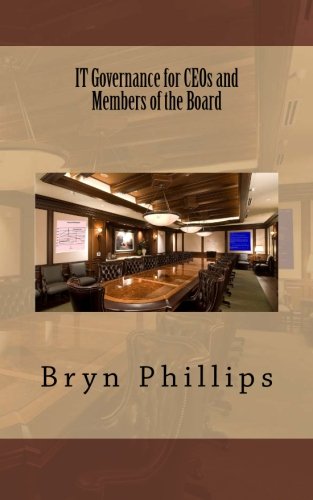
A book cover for IT Governance for CEOs and Members of the Board; Bryn TT Phillips; Business & Money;